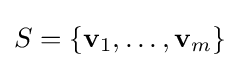
S=\{\mathbf {v} _{1},\ldots ,\mathbf {v} _{m}\}